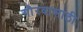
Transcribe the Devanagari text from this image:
गौरवासाठी